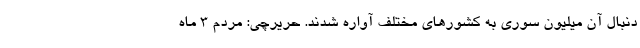
دنبال آن میلیون سوری به کشورهای مختلف آواره شدند. حریرچی: مردم 3 ماه